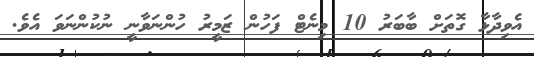
އެވިދާޅާ ގޮތަށް ބާބަރު 10 މިނެޓް ފަހުން ޒަމީރު ހުންނަވާނީ ނުކުންނަވަ އެވެ.